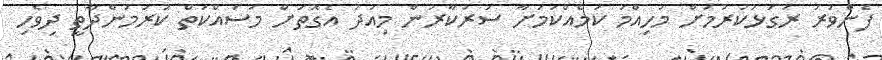
ފެންވަރު ރަގަޅުކުރުމަށް މުހިއްމު ކަމެއްކަމަށާ ސަރުކާރުން މިއަދު އެގޮތަށް މަސައްކަތް ކުރަމުންދާތީ ދިވެހި